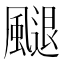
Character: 𩘩